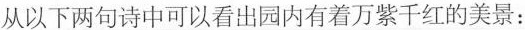
从以下两句诗中可以看出园内有着万紫千红的美景：